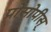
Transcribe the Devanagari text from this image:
प्रोसोपीस्